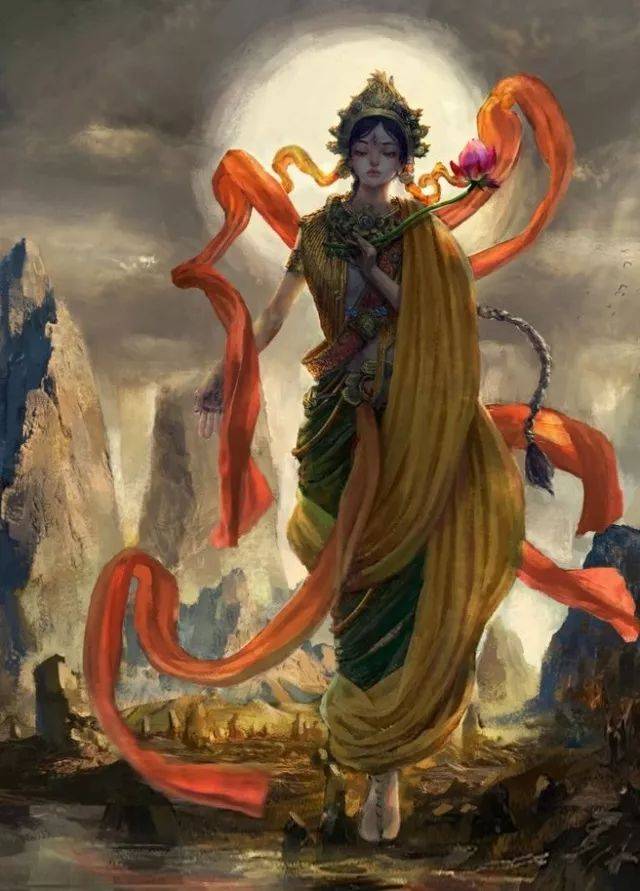
晚来天，空悄然，孤眠，枕檀云髻偏。